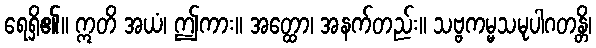
ရေရှိ၏။ ဣတိ အယံ၊ ဤကား။ အတ္ထော၊ အနက်တည်း။ သဗ္ဗကမ္မသမုပါဂတန္တိ၊